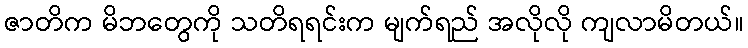
ဇာတိက မိဘတွေကို သတိရရင်းက မျက်ရည် အလိုလို ကျလာမိတယ်။